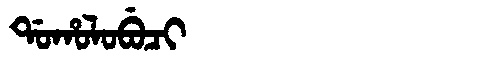
Manchu: ᡩᠣᡥᠣᠯᠣᠪᡠᠴᡳ
Romanization: DOHOLOBUCI